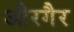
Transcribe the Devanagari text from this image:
औरगैर